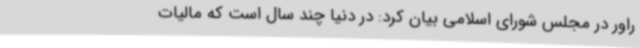
راور در مجلس شورای اسلامی بیان کرد: در دنیا چند سال است که مالیات